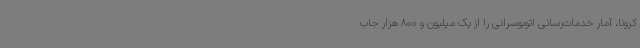
کرونا، آمار خدمات‌رسانی اتوبوسرانی را از یک میلیون و 800 هزار جاب